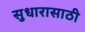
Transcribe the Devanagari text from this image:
सुधारासाठी